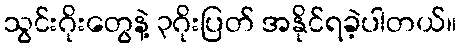
သွင်းဂိုးတွေနဲ့ ၃ဂိုးပြတ် အနိုင်ရခဲ့ပါတယ်။